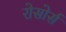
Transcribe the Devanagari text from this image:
रोसोर्स